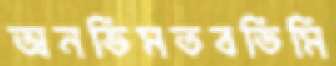
অনভিমতবডিমি